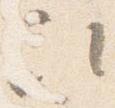
次